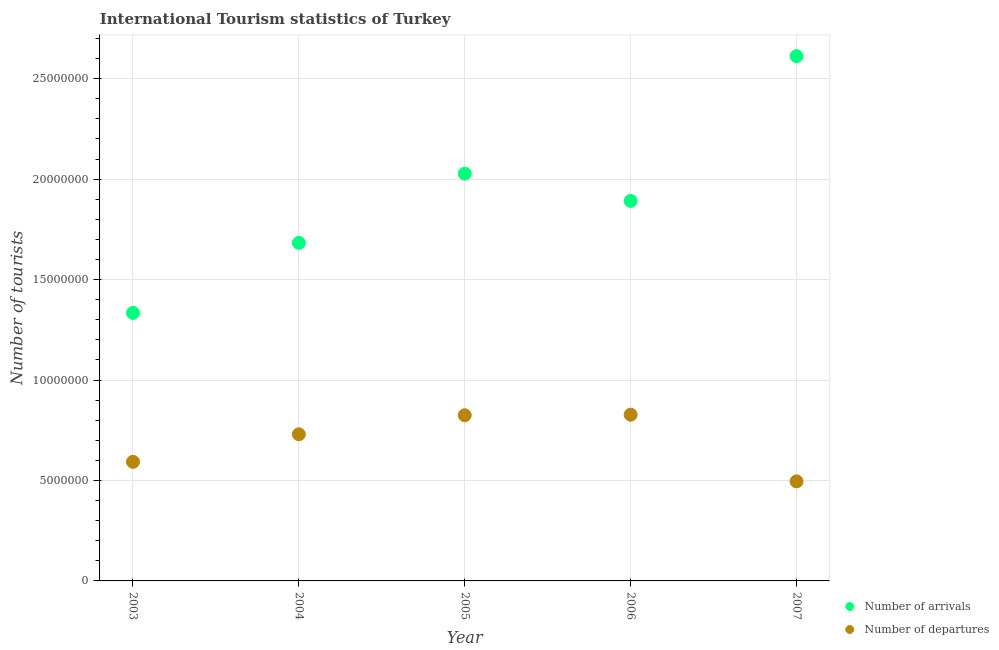
| Year | Number of arrivals | Number of departures |
 | --- | --- | --- |
 | 2003 | 1.33e+07 | 5.93e+06 |
 | 2004 | 1.68e+07 | 7.3e+06 |
 | 2005 | 2.03e+07 | 8.25e+06 |
 | 2006 | 1.89e+07 | 8.28e+06 |
 | 2007 | 2.61e+07 | 4.96e+06 |